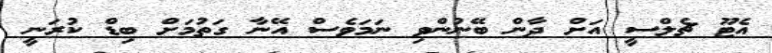
އެޓޫ ޗެލްސީ އަށް ދާން ބޭނުންވި ނަމަވެސް އޭނާ ގަތުމަށް ބިޑް ކުރަނީ